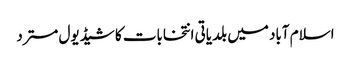
اسلام آباد میں بلدیاتی انتخابات کا شیڈیول مسترد